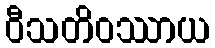
ဝီသတိဝဿာယ